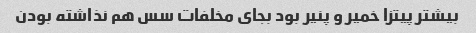
بیشتر پیتزا خمیر و پنیر بود بجای مخلفات سس هم نذاشته بودن